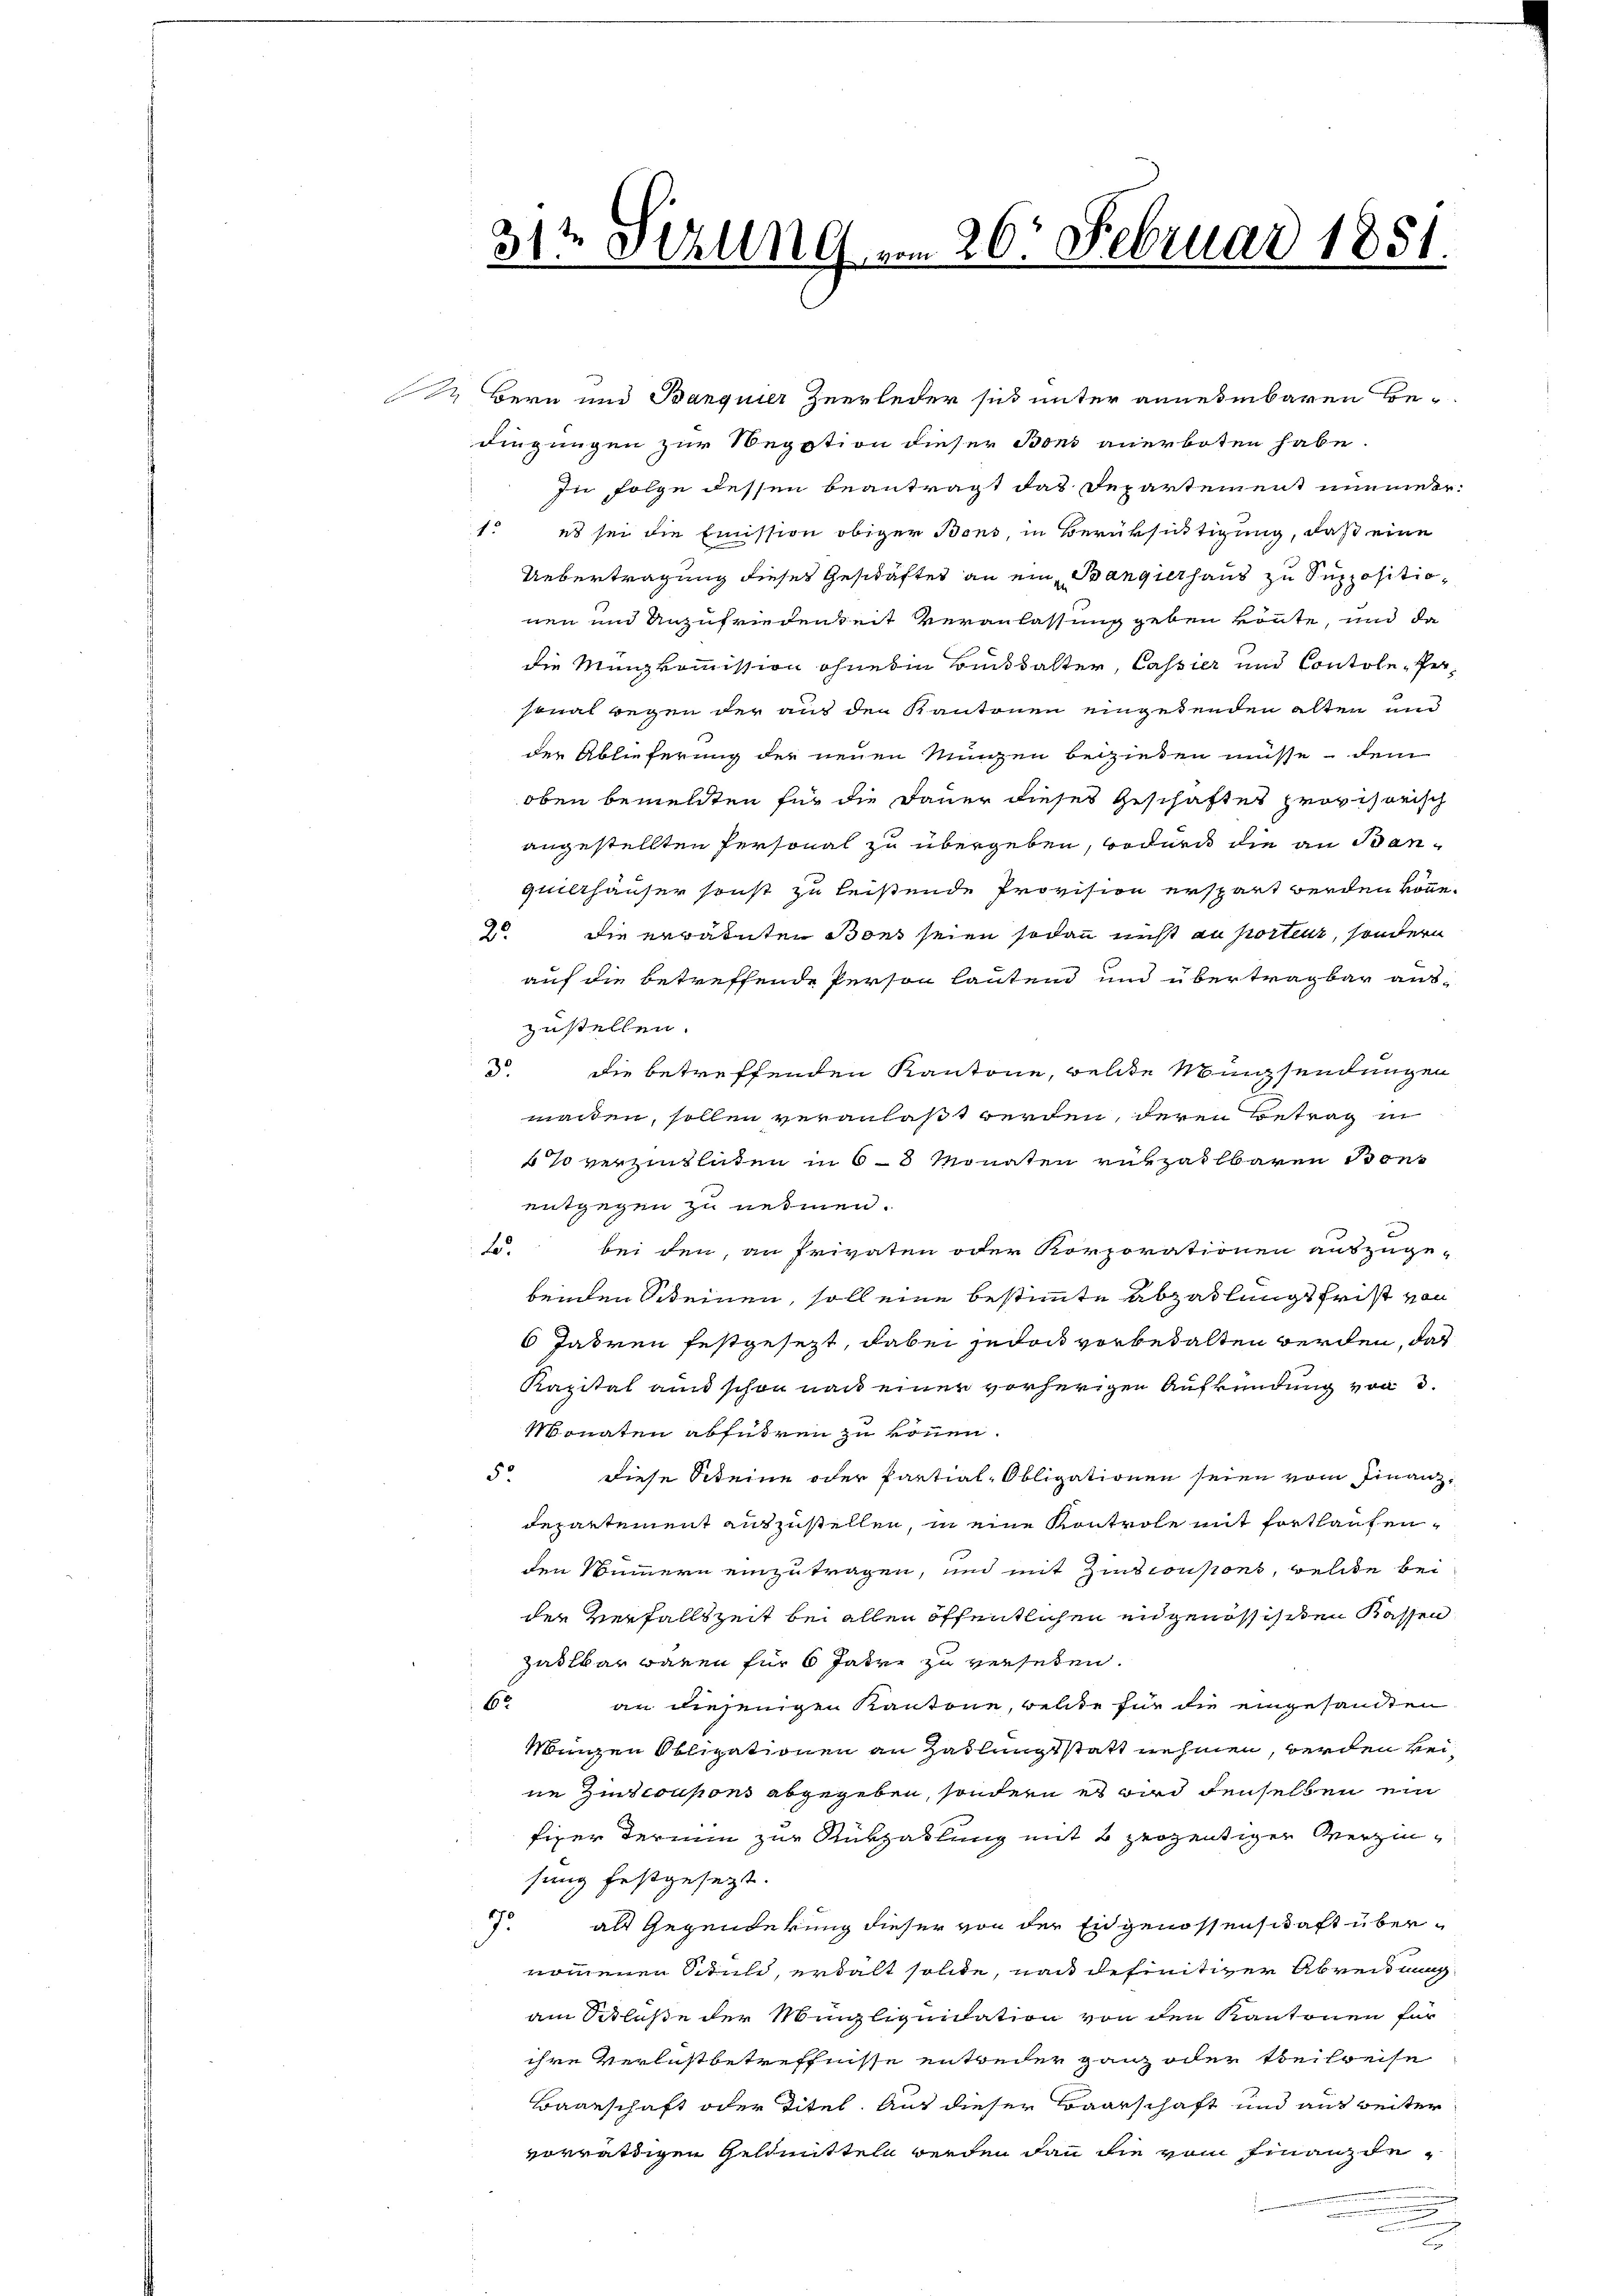
17. Bern und Banquier Zeerleder sich unter annehmbaren Bedingungen zur Segation dieser Bons anerboten habe.
In Folge dessen beantragt das Departement nimmer-
1. es sei die Emission obiger Bons, in Berüksichtigung, daß eine
Uebertragung dieses Geschäftes an ein Bangierhaus zu Suppositionen und Anzufriedenheit veranlassung geben könnte, und da
die Münzkommission ohne in Biskalter, Cassier und Contole, Personal wegen der auf den Kantonen eingetenden alten und
der Ablieferung der neuen Ringen beziehen müsse, dem
oben bemelten für die Dauer dieses Geschäftes provisorisch
angestellten Personal zu übergeben, wodurch die an Banquillhäuser sonst zu leistende Provision erspart werden könne.
20. Die ertatuten Bons seien sodann nicht au portenz, sondern
auf die betreffende Person lautend und übertragbar aus-
zustellen.
5. Die betreffenden Kantone, welche Münzsendungen
manten, sollen veranlaßt werden, deren Betrag in
o verzinslaten in 6 - 8 Monaten rukzahlbaren Bone
entgegen zu nehmen.
J. bei den, an Privaten oder Korporationen auszuge-
beinden Scheinen, soll eine bestimmte Abzahlungsfrist von
6 Jahren festgesezt, dabei jedoch vorbehalten werden, das
Kapital aus schon nach einer vorherigen Aufkündung von 3.
Monaten abführen zu können.
5 diese Scheine oder Partial-Obligationen seien vom Finanzdepartement auszustellen, in eine Kontrole mit fortlaufenden Nummern einzutragen, und mit Zinsconsions, welche bei
der Verfallszeit bei allen öffentlichen eidgenössisten Kassen
zahlbar waren für 6 Jahre zu versehen.
6
an diejenigen Kantone, welde für die eingesandten
Mingen Obligationen an Zahlungsstatt nehmen, werden keine Zins coupons abgegeben, sondern es wird denselben ein
figer Termin zur Rükzahlung mit 2 herzeitiger Verzinsung festgesezt.
17 als Gegendekung dieser von der Eidgenossenschaft übernommenen Schuld, erhalt solide, nach definitiver Abreitung
am Schluße der Migliquidation von den Kantonen für
ihre Verlustbetreffnisse entweder ganz oder Beibreise
Baarschaft oder Titel. Auf dieser Baarschaft und aus weiter
vorräthigen Geldmitteln werden dann die vom Finanzde¬
.
u

31te Sekung vom 26. Februar 1851.